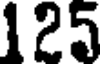
125